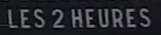
LES 2 HEURES